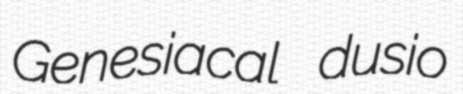
Genesiacal dusio